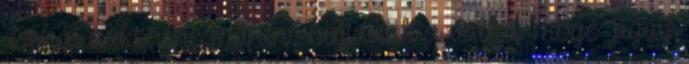
Dehát akkor ne már.ne bújjanak a vallás mögé Figgy